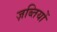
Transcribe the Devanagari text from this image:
ज़ब्तियों